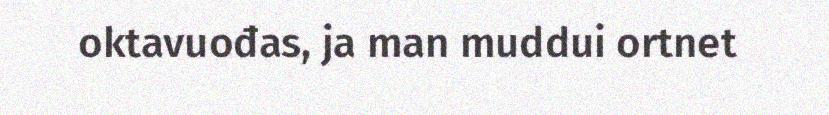
oktavuođas, ja man muddui ortnet